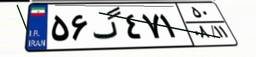
۵۶گ۴۷۱۵۰